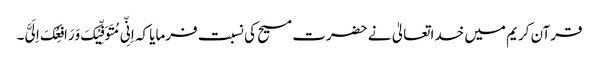
قرآن کریم میں خداتعالیٰ نے حضرت مسیح کی نسبت فرمایا کہ اِنِّی مُتَوَفِّیْکَ وَرَافِعُکَ اِلَیَّ۔